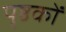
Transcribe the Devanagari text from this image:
पृष्ठकों